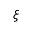
\xi